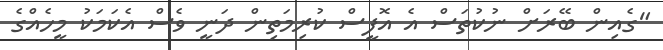
"ގެއިން ބޭރަށް ނުކުތަސް އެ އޮފީސް ކުރިމަތިން ދަނީ ވެސް އެކަމަކު މީހެއްގެ